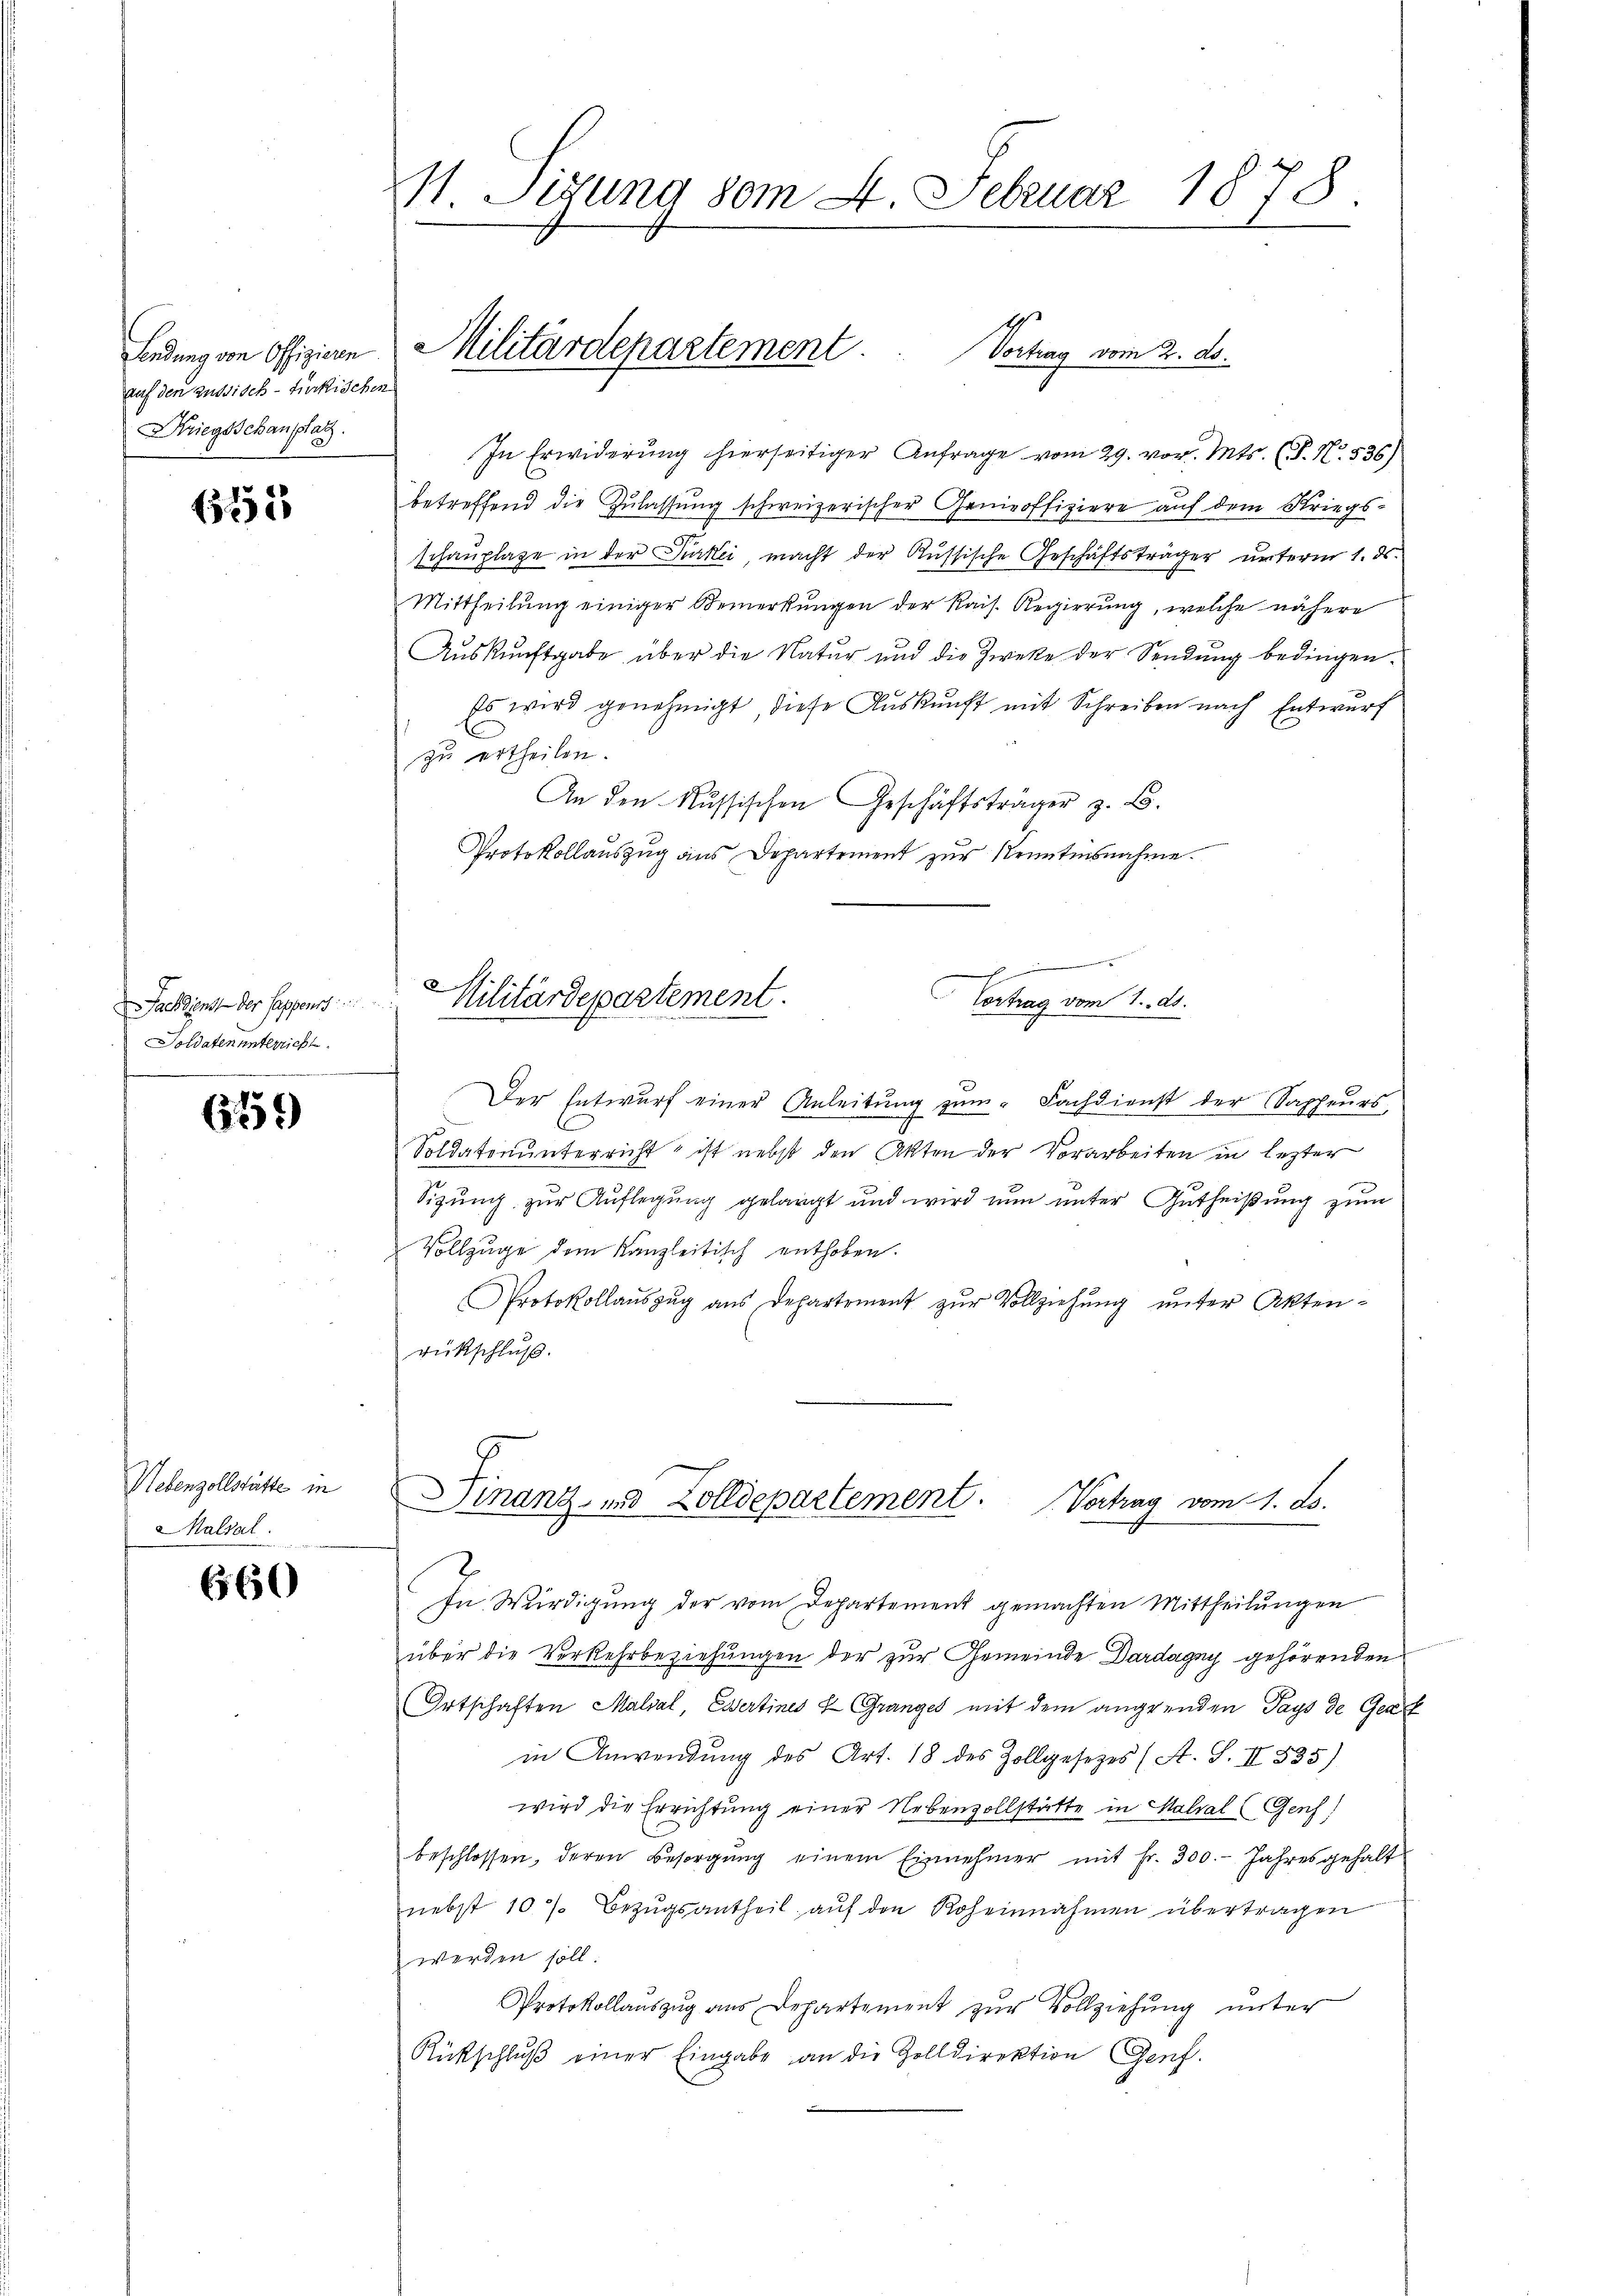
Sendung von Offizieren
auf den aussisch-Fückischen
Kriegsschausplatz.

672

Fach dienst der Sappenst
oldaten unterricht.

679

Nebenzollstätte in
Malsal

660

M. Sigung vom 4. Februar 1878

d

Vortrag vom 2. ds.
In Erwiderung hierseitiger Anfrage vom 29. vor. Mts. (T. N. 536)
betreffend die Zulassung schweizerischer Genieoffiziere auf dem Kriegs-
schauptage in der Turtei macht der Russische Geschäftsträger unterm 1. ds.
Mittheilung einiger Bemerkungen der Rais. Regierung, welche nähere
Auskunftgabe über die Natur und die Zwecke der Sendung bedingen.
Es wird genehmigt, diese Auskunft mit Schreiben nach Entwurf
zu ertheilen.
An den Russischen Geschäftsträger z. B.
Protokollauszug aus Departement zur Kenntensnahme.

Militärdepartement

e
Militärdepartement.
Vortrag vom 1. ds.

Finanz- und Zolldepartement. Vertrag vom 1. Js.

Der Entwurf einer Anleitung zum Fachdienst der Sapheurs,
Soldatenunterricht ist nebst den Akten der Vorarbeiten in lezter
Sizung zur Auflegung gelangt und wird nun unter Zutheißung zum
Vollzuge dem Kanzleitisch enthoben.
Protokollaŭszŭg ans Departement zŭr Vollziehŭng ŭnter Akten-
rückschluß.
In Würdigung der vom Departement gemachten Mittheilungen
über die Verkehrbeziehungen der zur Gemeinde Dardagny gehörenden
Ortschaften Malsal, Essertines E. Grangel mit dem angrenden Pays de Gert
in Anwendung des Art. 18 des Zollgesetzes (St. S. II 535)
wird die Errichtung einer Nebenvollstätte in Malsal (Genf;
beschlossen, deren Besorgŭng einem Einnehmer mit Fr. 300. Jahres gehalt
nebst 10. Bezŭgsantheil aŭf den Roheinnahmen übertragen
werden soll
Protokollauszug aus Departement zur Vollziehung unter
Rüfschlŭβ einer Eingabe an die Zolldirektion Genf.